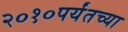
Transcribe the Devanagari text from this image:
२०१०पर्यंतच्या